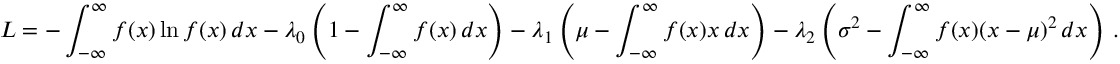
L = - \int _ { - \infty } ^ { \infty } f ( x ) \ln f ( x ) \, d x - \lambda _ { 0 } \left( 1 - \int _ { - \infty } ^ { \infty } f ( x ) \, d x \right) - \lambda _ { 1 } \left( \mu - \int _ { - \infty } ^ { \infty } f ( x ) x \, d x \right) - \lambda _ { 2 } \left( \sigma ^ { 2 } - \int _ { - \infty } ^ { \infty } f ( x ) ( x - \mu ) ^ { 2 } \, d x \right) \, .